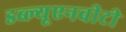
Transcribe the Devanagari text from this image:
डब्ल्यूएनवीटी